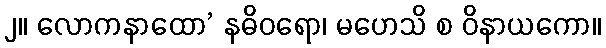
၂။ လောကနာထော’ နဓိဝရော၊ မဟေသိ စ ဝိနာယကော။